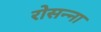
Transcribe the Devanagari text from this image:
रोसन्ना